Civil Veterinary Department. Central Provinces & Berar 1932-41 - 1932-1941
Year: 1932
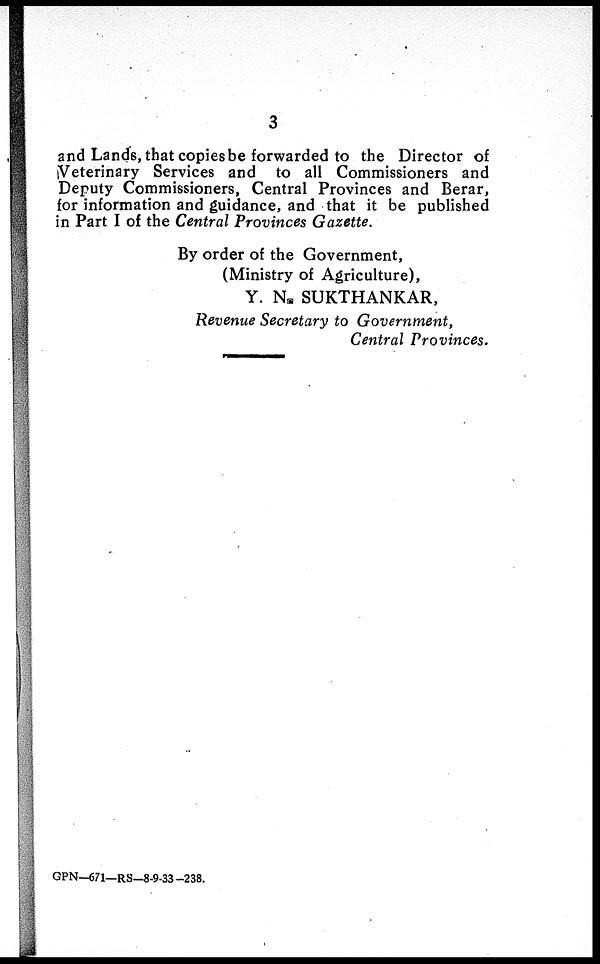
3
and Lands, that copies be forwarded to the Director of
Veterinary Services and to all Commissioners and
Deputy Commissioners, Central Provinces and Berar,
for information and guidance, and that it be published
in Part I of the Central Provinces Gazette.
By order of the Government,
(Ministry of Agriculture),
Y. N. SUKTHANKAR,
Revenue Secretary to Government,
Central Provinces.
GPN—671—RS—8-9-33-238.